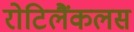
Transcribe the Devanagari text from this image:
रोटिलैंकलस